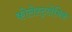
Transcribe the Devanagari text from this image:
कोलेस्ट्रलेमिक